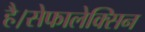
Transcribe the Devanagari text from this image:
है।सेफालेक्सिन